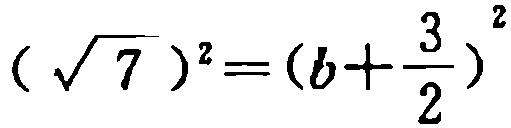
$(\sqrt{7})^2=(b + \frac{3}{2})^2$